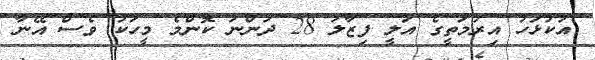
އުކުޅަހު އިރުމަތީގެ އަލީ ފިޒާލު 28 ދަންނަ ކޮންމެ މީހަކު ވެސް އޭނާ